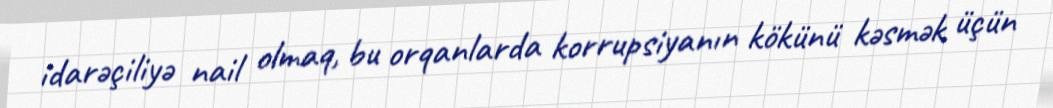
idarəçiliyə nail olmaq, bu orqanlarda korrupsiyanın kökünü kəsmək üçün